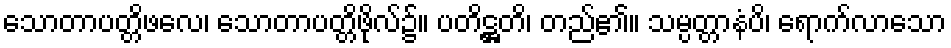
သောတာပတ္တိဖလေ၊ သောတာပတ္တိဖိုလ်၌။ ပတိဋ္ဌတိ၊ တည်၏။ သမ္ပတ္တာနံပိ၊ ရောက်လာသော